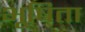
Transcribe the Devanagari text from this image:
भूषिता